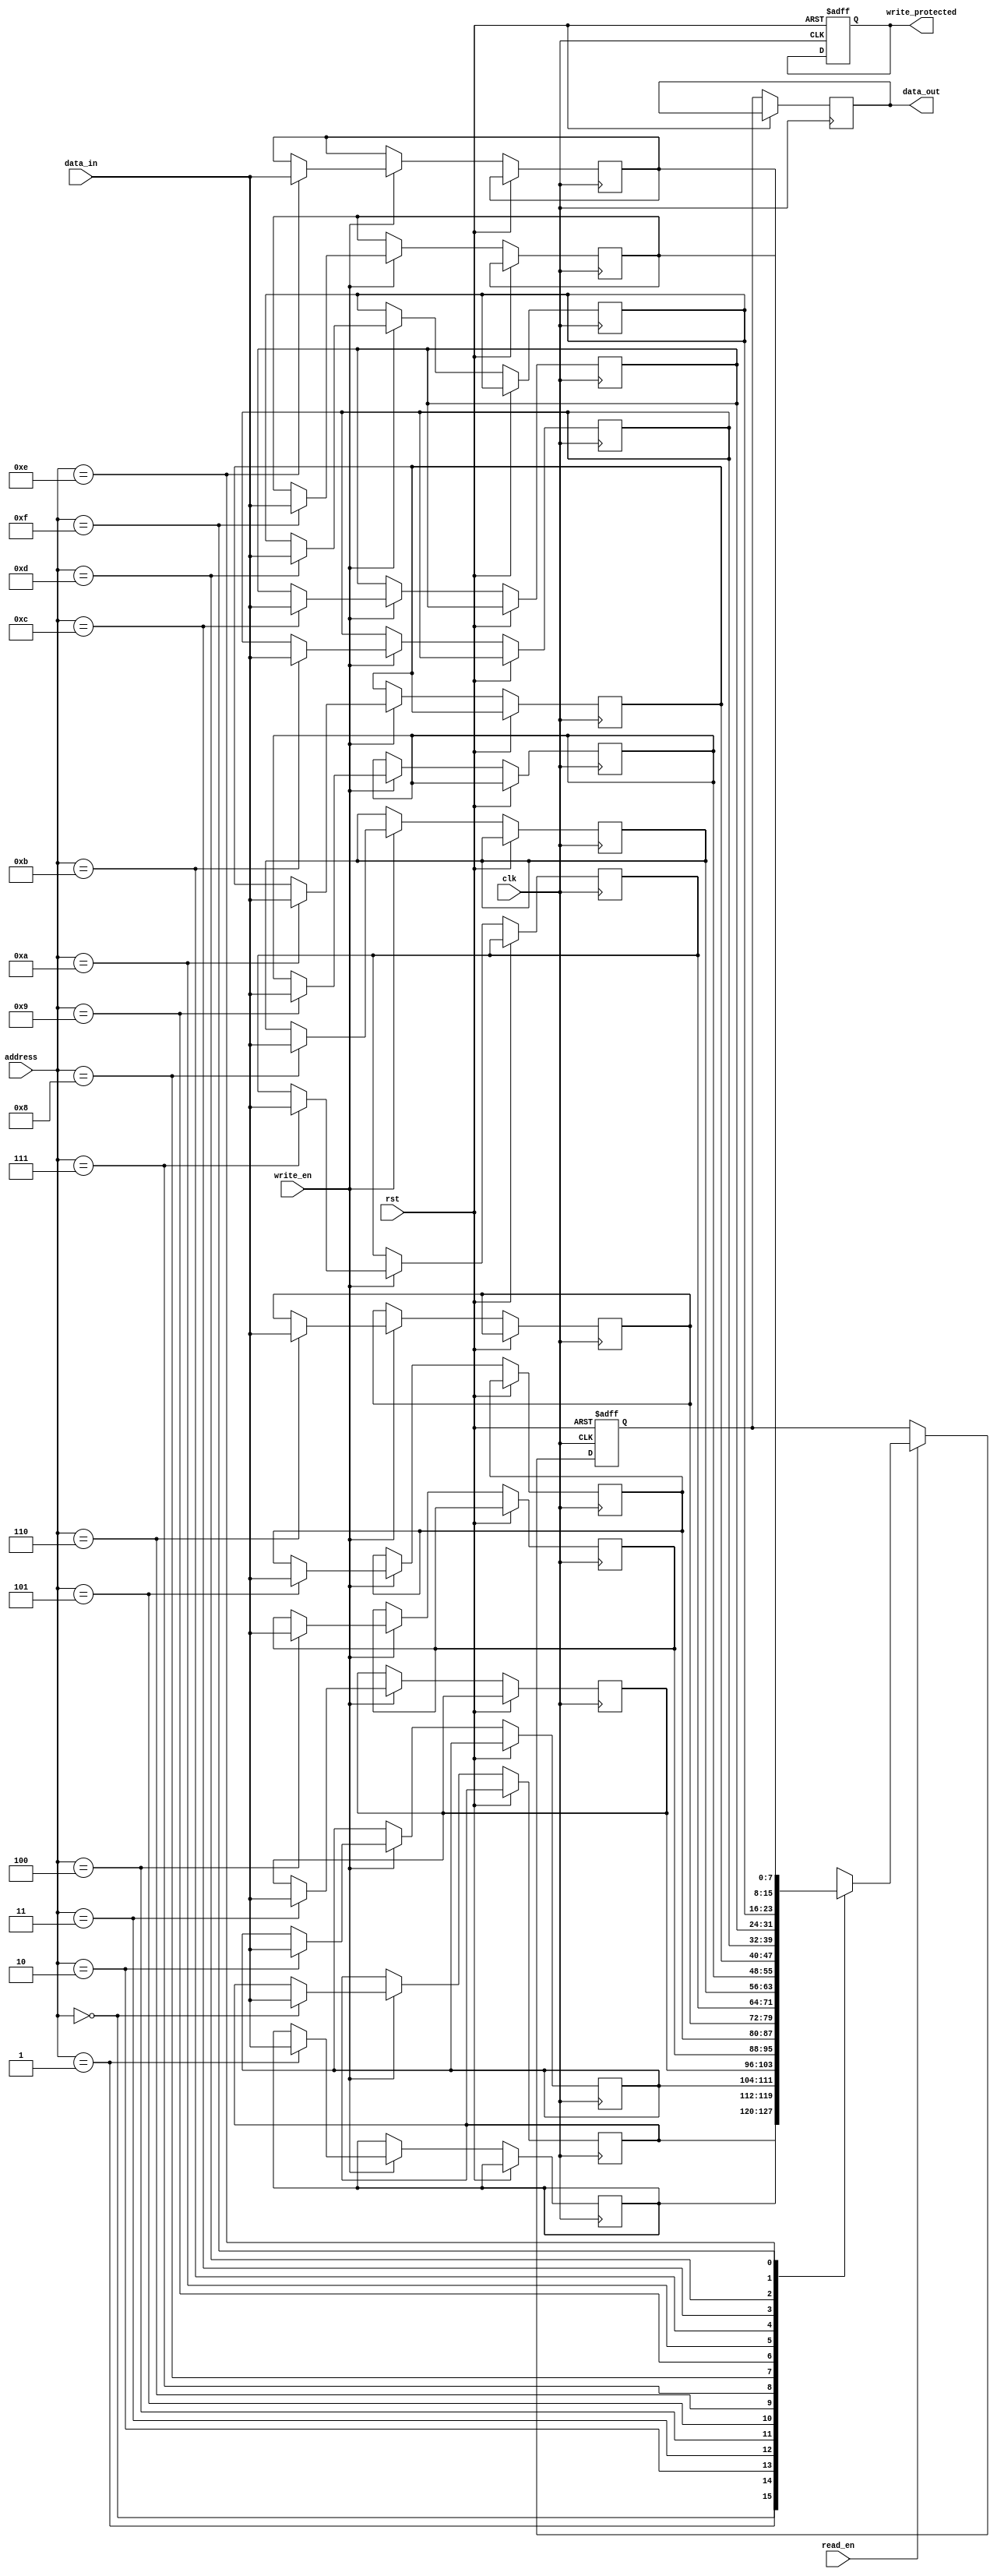
module NVRAM (
  input wire clk,
  input wire rst,
  input wire write_en,
  input wire read_en,
  input wire [7:0] data_in,
  output reg [7:0] data_out,
  input wire [3:0] address,
  output reg write_protected
);

reg [7:0] memory [0:15];
reg [7:0] selected_data;

always @ (posedge clk or posedge rst) begin
  if (rst) begin
    selected_data <= 8'b0;
    write_protected <= 1'b0;
  end
  else begin
    if (write_en) begin
      memory[address] <= data_in;
    end
    if (read_en) begin
      selected_data <= memory[address];
    end
    data_out <= selected_data;
  end
end

// Address decoding logic
always @ (posedge clk or posedge rst) begin
  if (rst) begin
    // reset address decoding logic
  end
  else begin
    // implement address decoding logic here
  end
end

// Other control logic and power-fail circuitry can be implemented here

endmodule